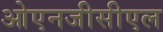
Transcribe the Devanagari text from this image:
ओएनजीसीएल